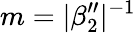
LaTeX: m=|\beta_{2}^{\prime\prime}|^{-1}